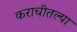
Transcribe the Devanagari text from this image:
कराचीतल्या